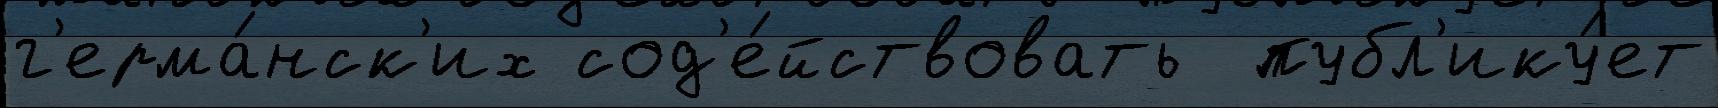
г'ерма́нск'их сод'е́йствовать  публ'ику́ет